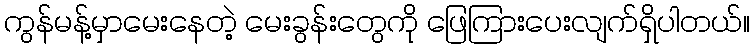
ကွန်မန့်မှာမေးနေတဲ့ မေးခွန်းတွေကို ဖြေကြားပေးလျက်ရှိပါတယ်။